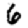
Digit: 6